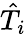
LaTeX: \hat{T}_{i}